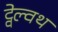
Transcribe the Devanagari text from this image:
ट्वेल्वथ